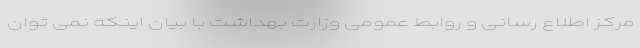
مرکز اطلاع رسانی و روابط عمومی وزارت بهداشت با بیان اینکه نمی توان